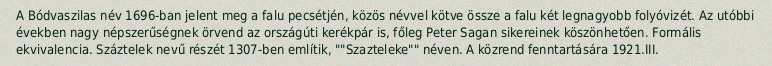
A Bódvaszilas név 1696-ban jelent meg a falu pecsétjén, közös névvel kötve össze a falu két legnagyobb folyóvizét. Az utóbbi években nagy népszerűségnek örvend az országúti kerékpár is, főleg Peter Sagan sikereinek köszönhetően. Formális ekvivalencia. Száztelek nevű részét 1307-ben említik, ""Szazteleke"" néven. A közrend fenntartására 1921.III.